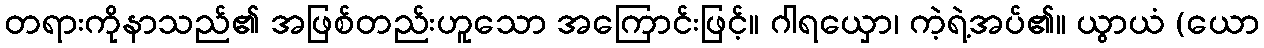
တရားကိုနာသည်၏ အဖြစ်တည်းဟူသော အကြောင်းဖြင့်။ ဂါရယှော၊ ကဲ့ရဲ့အပ်၏။ ယွာယံ (ယော